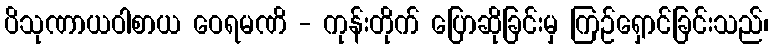
ပိသုဏာယဝါစာယ ဝေရမဏိ - ကုန်းတိုက် ပြောဆိုခြင်းမှ ကြဉ်ရှောင်ခြင်းသည်၊